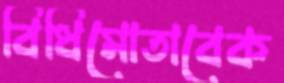
বিধিমোতাবেক